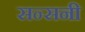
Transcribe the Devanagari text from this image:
सन्सनी